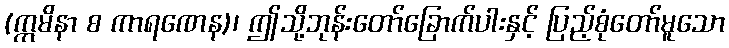
(ဣမိနာ စ ကာရဏေန)၊ ဤသို့ဘုန်းတော်ခြောက်ပါးနှင့် ပြည့်စုံတော်မူသော